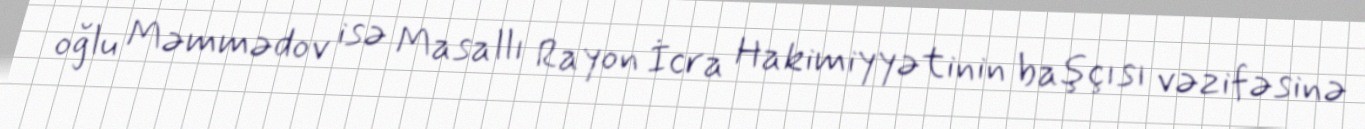
oğlu Məmmədov isə Masallı Rayon İcra Hakimiyyətinin başçısı vəzifəsinə